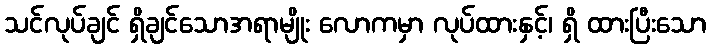
သင်လုပ်ချင် ရှိချင်သောအရာမျိုး လောကမှာ လုပ်ထားနှင့်၊ ရှိ ထားပြီးသော